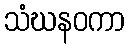
သံဃနဝကာ